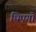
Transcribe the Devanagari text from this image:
थिएगो